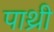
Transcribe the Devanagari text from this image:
पाथ्री